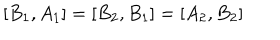
[ B _ { 1 } , A _ { 1 } ] = [ B _ { 2 } , B _ { 1 } ] = [ A _ { 2 } , B _ { 2 } ]